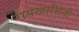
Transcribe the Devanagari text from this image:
रायखासिनी